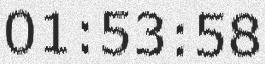
01:53:58